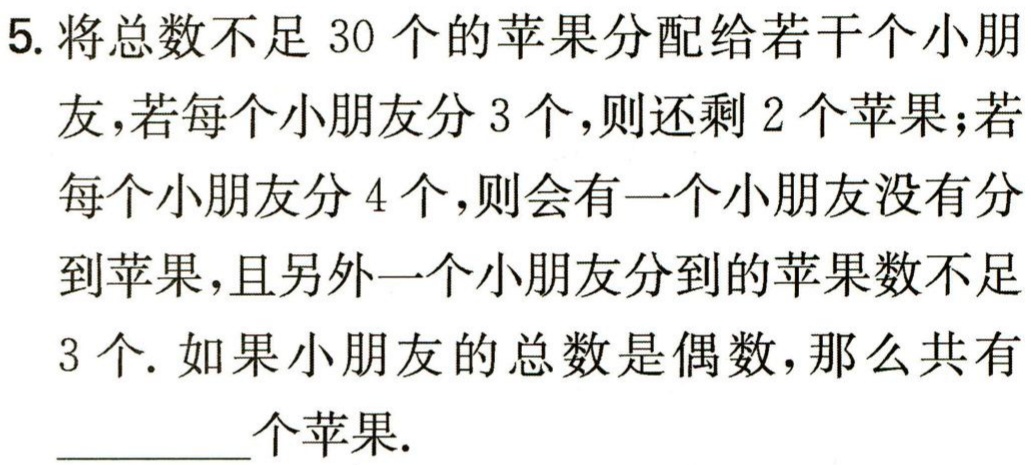
5. 将总数不足 30 个的苹果分配给若干个小朋友，若每个小朋友分 3 个，则还剩 2 个苹果；若每个小朋友分 4 个，则会有一个小朋友没有分到苹果，且另外一个小朋友分到的苹果数不足 3 个. 如果小朋友的总数是偶数，那么共有________个苹果.